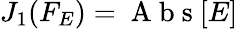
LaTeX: {{J}_{1}}({{F}_{E}})=\mathrm{~A~b~s~}[E]